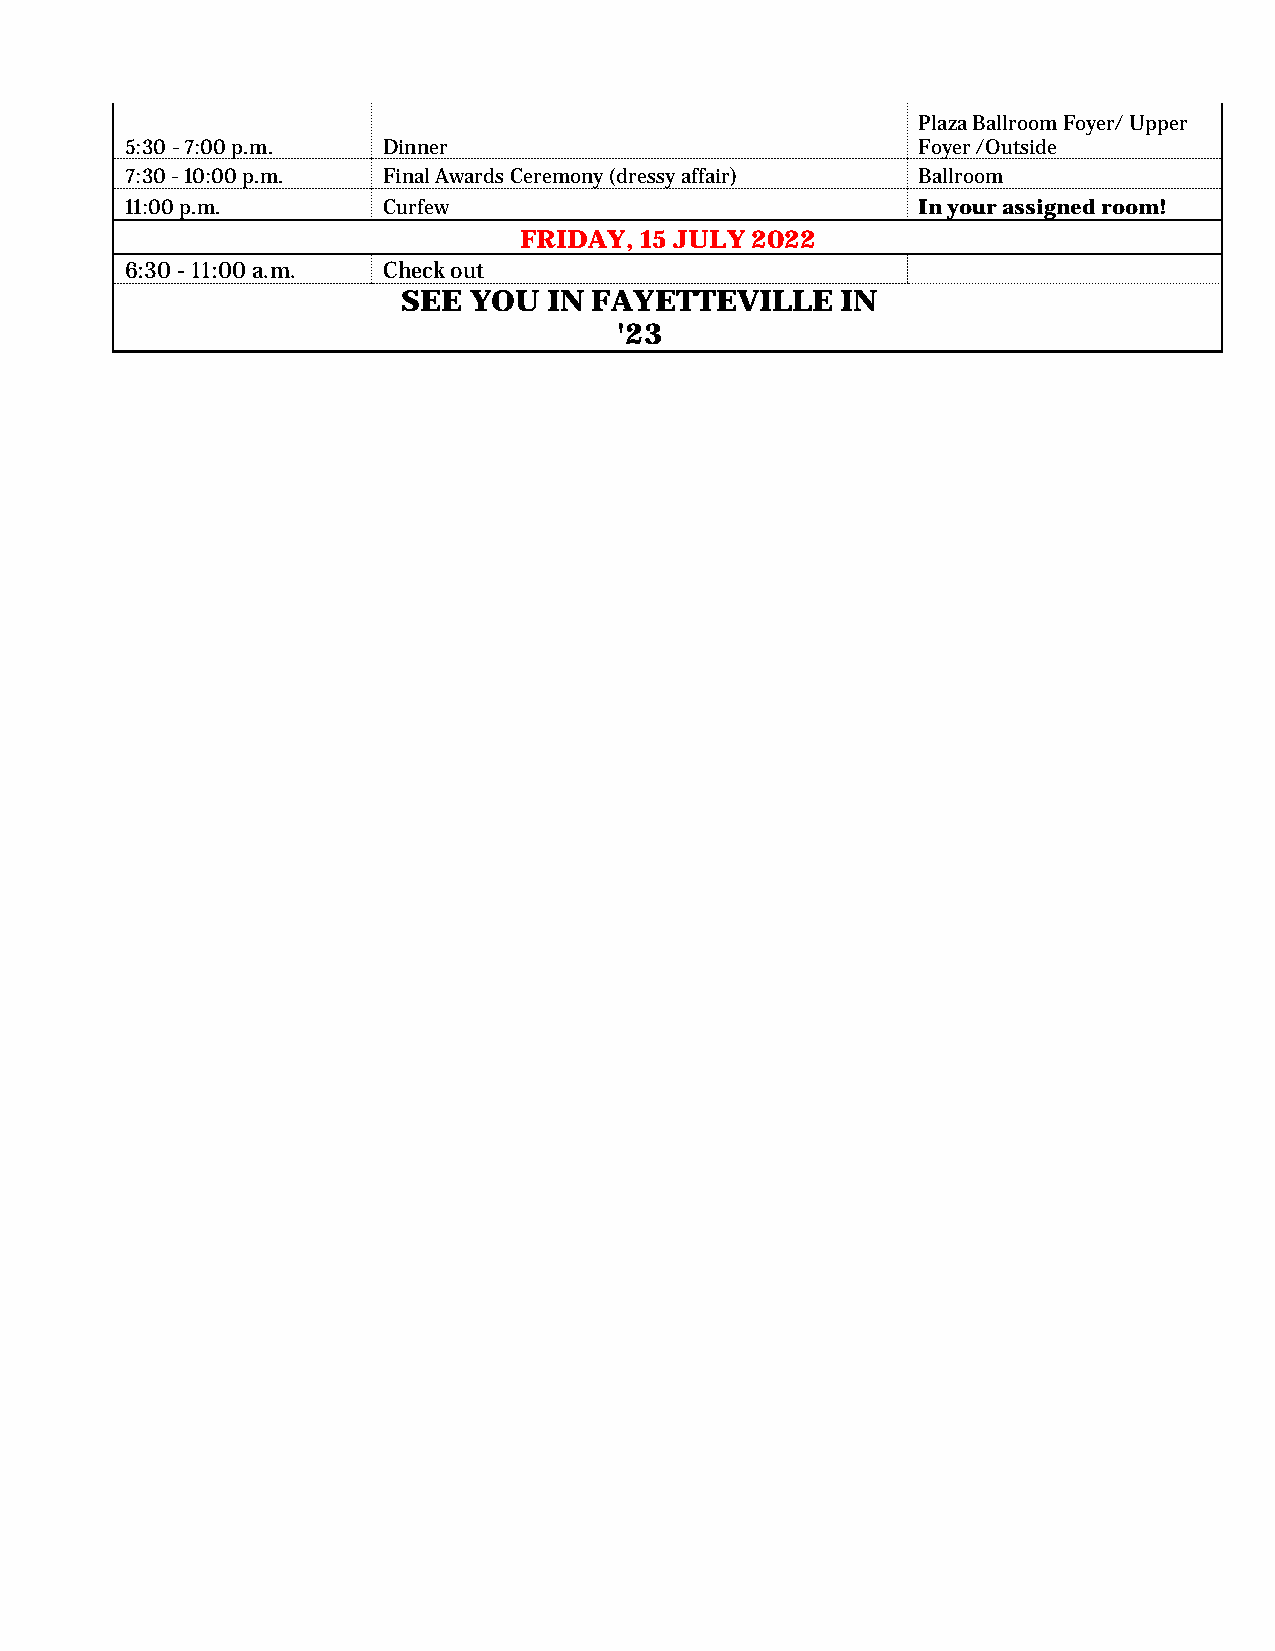
Plaza Ballroom Foyer/ Upper
 5:30 - 7:00 p.m. Dinner                              Foyer /Outside
 7:30 - 10:00 p.m. Final Awards Ceremony (dressy affair) Ballroom
 11:00 p.m.       Curfew                              In your assigned room!
 FRIDAY, 15 JULY 2022
 6:30 - 11:00 a.m. Check out
 SEE YOU  IN FAYETTEVILLE     IN
 '23